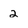
Character: 2